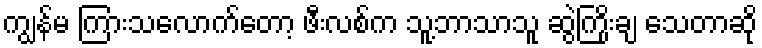
ကျွန်မ ကြားသလောက်တော့ ဖီးလစ်က သူ့ဘာသာသူ ဆွဲကြိုးချ သေတာဆို